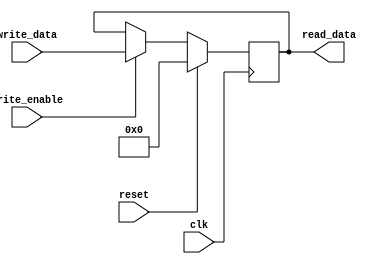
module OUT_Port #(parameter Width=16)(read_data, write_data,clk, write_enable,reset);

input clk,write_enable,reset;
input [Width-1:0] write_data;//as each reg is 16 bits 
output [Width-1:0]read_data;//as each reg is 16 bits

reg [Width-1:0]reg_internal;

assign  read_data = reg_internal;	
always @(negedge clk) begin
	if(reset)
	begin
		reg_internal = 'b0;
	end	
	else if(write_enable)
	begin
		reg_internal = write_data;
	end		
end

endmodule